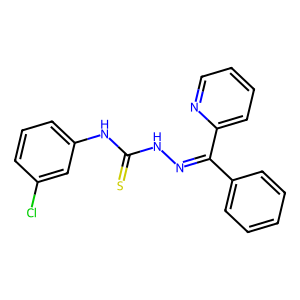
SMILES: S=C(NN=C(c1ccccc1)c1ccccn1)Nc1cccc(Cl)c1
Inhibits HIV replication: No